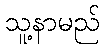
သူ့နာမည်